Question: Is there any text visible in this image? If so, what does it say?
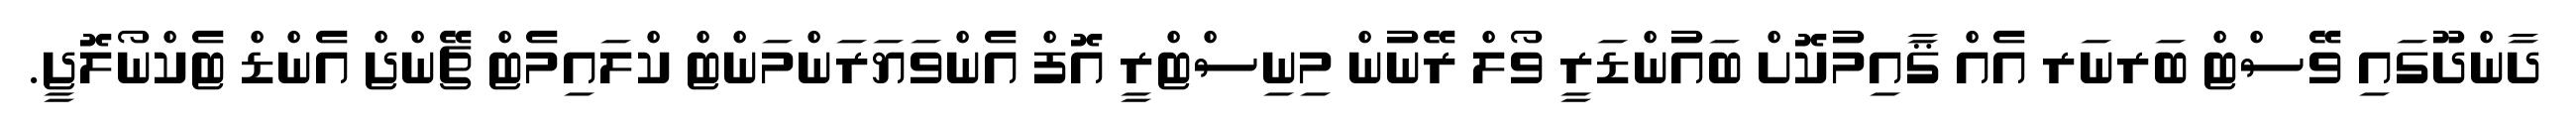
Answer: ދާންދޫގައި ވޭސްޓް ބަރނަރ އެއް ޤާއިމުކޮށް ބައުންޑަރީ ވޯލް ރޭނުން މިނިސްޓްރީ އޮފް އެންވަޔަރަންމަންޓް ކްލައިމެޓް ޗޭންޖް އެންޑް ޓެކްނޯލޮޖީ.